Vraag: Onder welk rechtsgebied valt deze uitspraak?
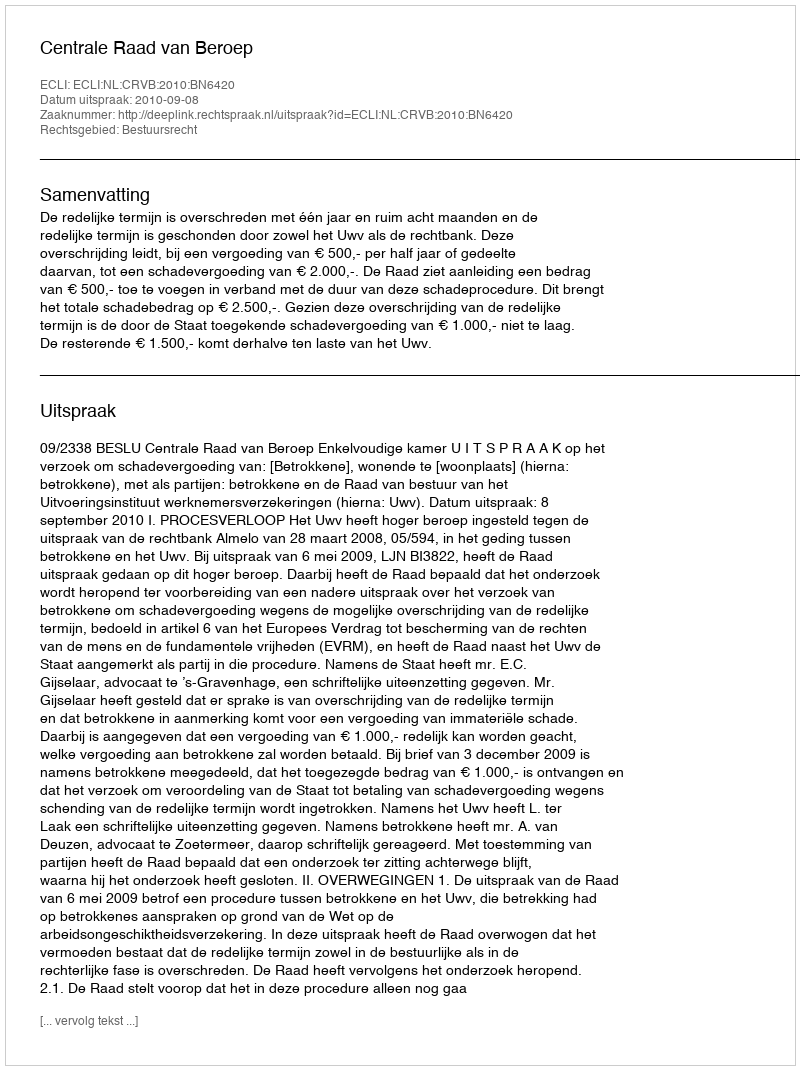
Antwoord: Bestuursrecht